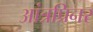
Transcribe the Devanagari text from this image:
आंत्रप्रिनर